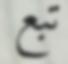
تبع